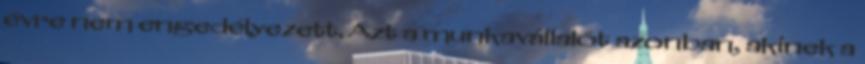
évre nem engedélyezett. Azt a munkavállalót azonban, akinek a